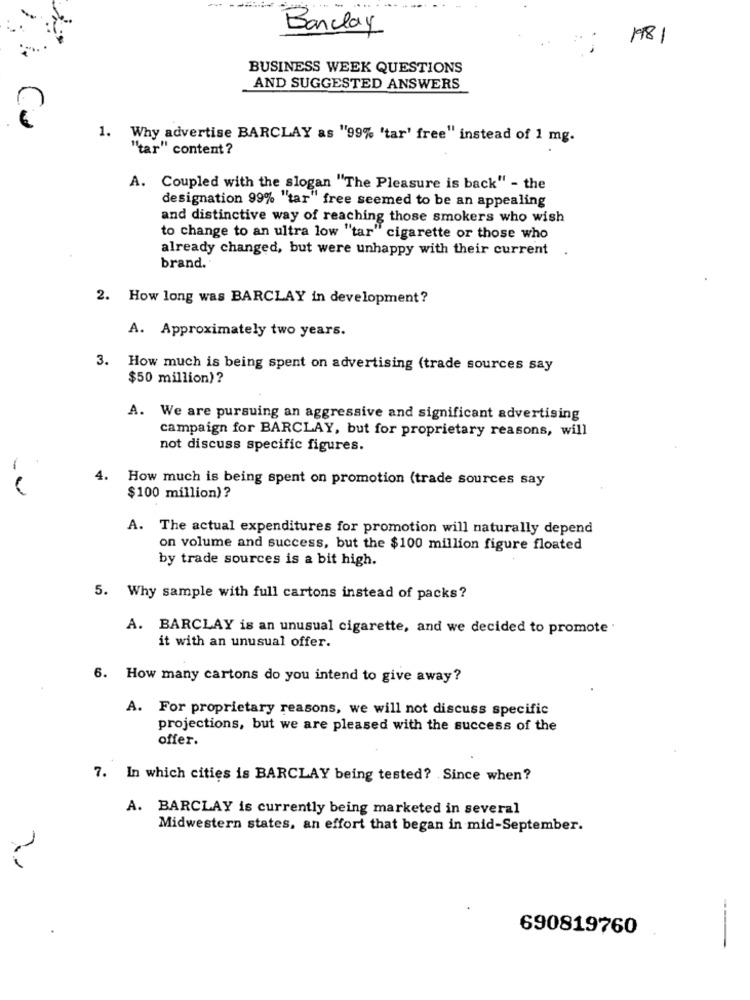
-
Bancay
1981
BUSINESS WEEK QUESTIONS
AND SUGGESTED ANSWERS
Cu
1. Why advertise BARCLAY as "99% 'tar' free" instead of 1 mg.
"tar" content?
A. Coupled with the slogan "The Pleasure is back" - the
designation 99% "tar" free seemed to be an appealing
and distinctive way of reaching those smokers who wish
to change to an ultra low "tar" cigarette or those who
already changed, but were unhappy with their current
brand.
2. How long was BARCLAY in development?
A. Approximately two years.
3. How much is being spent on advertising (trade sources say
$50 million)?
A. We are pursuing an aggressive and significant advertising
campaign for BARCLAY, but for proprietary reasons, will
not discuss specific figures.
4.
How much is being spent on promotion (trade sources say
--
$100 million)?
A. The actual expenditures for promotion will naturally depend
on volume and success, but the $100 million figure floated
by trade sources is a bit high.
5. Why sample with full cartons instead of packs?
A. BARCLAY is an unusual cigarette, and we decided to promote .
it with an unusual offer.
6. How many cartons do you intend to give away?
A. For proprietary reasons, we will not discuss specific
projections, but we are pleased with the success of the
offer.
7. In which cities is BARCLAY being tested? Since when?
A. BARCLAY is currently being marketed in several
Midwestern states, an effort that began in mid-September.
690819760
--